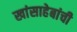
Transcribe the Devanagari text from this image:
खांसाहेबांची